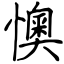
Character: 懊